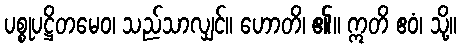
ပစ္စုပဋ္ဌိတမေဝ၊ သည်သာလျှင်။ ဟောတိ၊ ၏။ ဣတိ ဧဝံ၊ သို့။